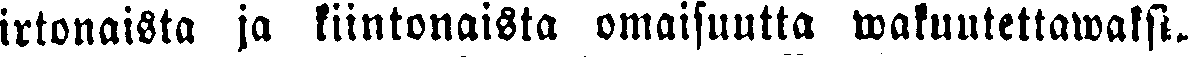
irtonaista ja kiintonaista omaisuutta wakuutettawaksi.